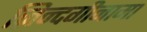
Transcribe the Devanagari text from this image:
ज़िन्दगीनामा